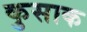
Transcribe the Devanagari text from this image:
कुसाक